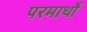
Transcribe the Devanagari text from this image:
परमार्थो